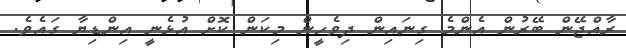
ރާއްޖޭން ބޭރުން އެންމެ ގިނައިން ދިވެހީން މިކަން ކޮށް އުޅެނީ އިންޑިޔާ ގައެވެ.